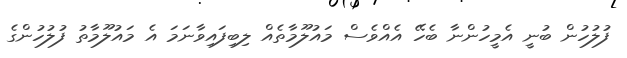
ފުލުހުން ބުނީ އެމީހުންނާ ބެހޭ އެއްވެސް މައުލޫމާތެއް ލިބިފައިވާނަމަ އެ މައުލޫމާތު ފުލުހުންގެ